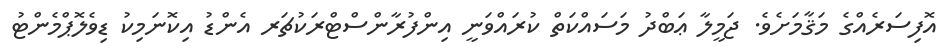
އޮފިސަރެއްގެ މަޤާމަށެވެ. ޖަމީލާ ޢަބްދު މަސައްކަތް ކުރައްވަނީ އިންފުރާންސްޓްރަކުޗަރ އެންޑު އިކޮނަމިކު ޑިވެލޮޕްމެންޓު